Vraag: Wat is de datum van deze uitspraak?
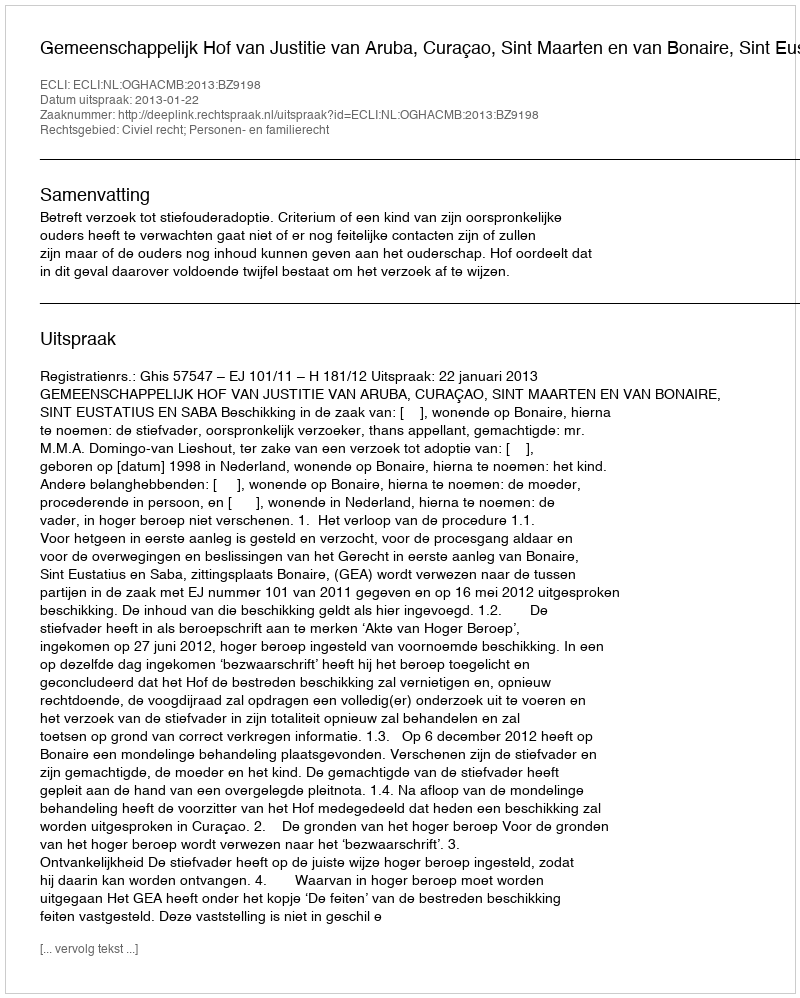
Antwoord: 2013-01-22